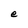
Character: e